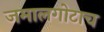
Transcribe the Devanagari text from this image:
जमालगोटाच